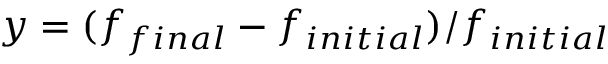
y = ( f _ { f i n a l } - f _ { i n i t i a l } ) / f _ { i n i t i a l }